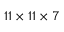
1 1 \times 1 1 \times 7